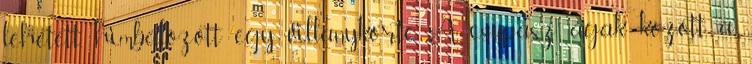
lehetett, himbálózott egy villanykörte. A csupasz ágak között a